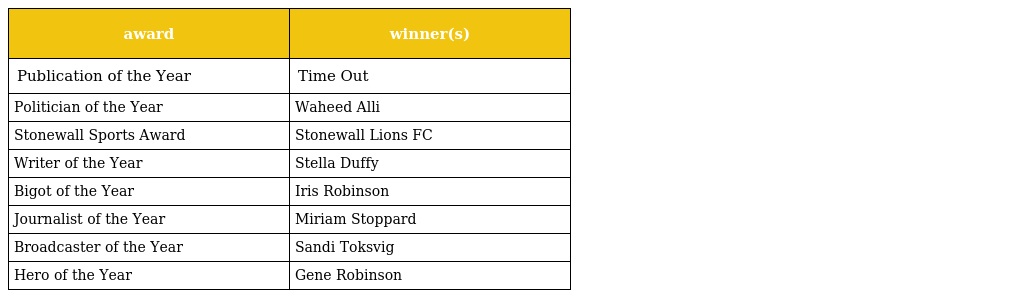
| award | winner(s) |
 | --- | --- |
 | Publication of the Year | Time Out |
 | Politician of the Year | Waheed Alli |
 | Stonewall Sports Award | Stonewall Lions FC |
 | Writer of the Year | Stella Duffy |
 | Bigot of the Year | Iris Robinson |
 | Journalist of the Year | Miriam Stoppard |
 | Broadcaster of the Year | Sandi Toksvig |
 | Hero of the Year | Gene Robinson |